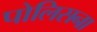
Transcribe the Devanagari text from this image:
पोलिसना